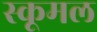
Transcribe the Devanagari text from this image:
स्कूमल